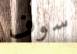
سوف